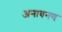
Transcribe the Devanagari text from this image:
अनावनण